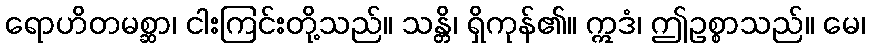
ရောဟိတမစ္ဆာ၊ ငါးကြင်းတို့သည်။ သန္တိ၊ ရှိကုန်၏။ ဣဒံ၊ ဤဥစ္စာသည်။ မေ၊